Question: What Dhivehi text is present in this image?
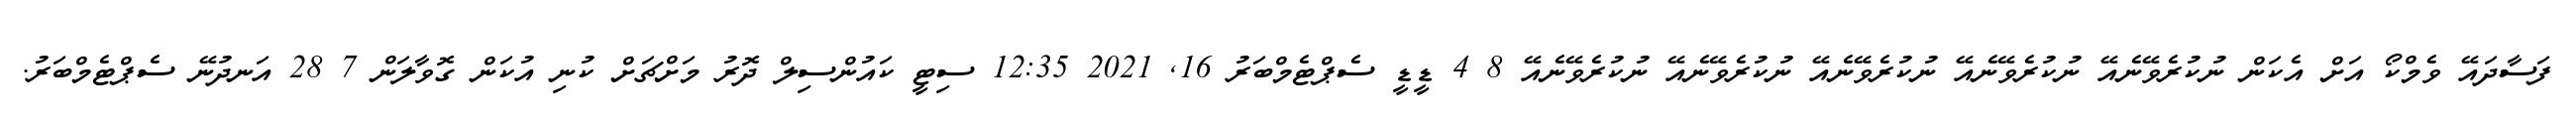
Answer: ފަސާދައޭ ވެމްކޯ އަށް އެކަން ނުކުރެވޭނެއޭ ނުކުރެވޭނެއޭ ނުކުރެވޭނެއޭ ނުކުރެވޭނެއޭ ނުކުރެވޭނެއޭ 8 4 ޑީޑީ ސެޕްޓެމްބަރު 16, 2021 12:35 ސިޓީ ކައުންސިލް ދޮރު މަށްޗަށް ކުނި އުކަން ގޮވާލަން 7 28 އަނދުނޭ ސެޕްޓެމްބަރު.